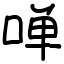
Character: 啴